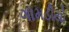
ગામડીયો